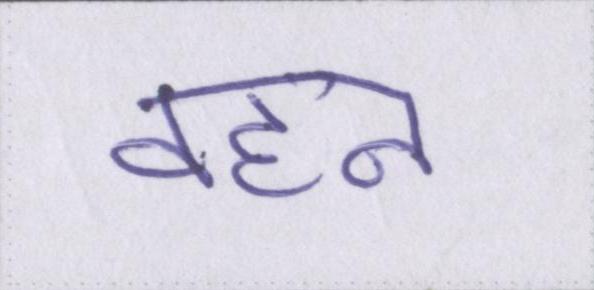
वहन